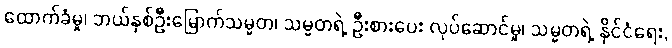
ထောက်ခံမှု၊ ဘယ်နှစ်ဦးမြောက်သမ္မတ၊ သမ္မတရဲ့ ဦးစားပေး လုပ်ဆောင်မှု၊ သမ္မတရဲ့ နိုင်ငံရေး,